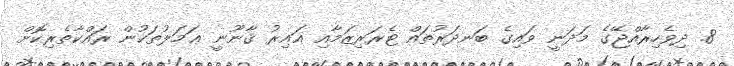
8. ދިވެހިރާއްޖޭގެ މަދަނީ ވައިގެ ބަނދަރުތައް ޓެރަރިޒަމާއި ޣައިރު ޤާނޫނީ ޢަމަލުތަކުން ރައްކާތެރިކޮށް